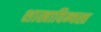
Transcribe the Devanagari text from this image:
शाखाविन्यस्त